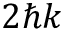
2 \hbar k